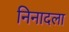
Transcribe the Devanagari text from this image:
निनादला